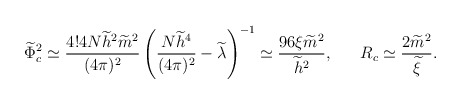
\begin{align*}\widetilde{\Phi}^2_c\simeq \frac{4!4N\widetilde{h}^2\widetilde{m}^2}{(4\pi)^2}\left(\frac{N\widetilde{h}^4}{(4\pi)^2}- \widetilde{\lambda} \right)^{-1}\simeq \frac{96\xi\widetilde{m}^2}{\widetilde{h}^2}, \ \ \ \ \ R_c \simeq\frac{2\widetilde{m}^2}{\widetilde{\xi}}.\end{align*}